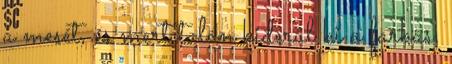
a mesét, és mert talán kiderül ki a farkas.